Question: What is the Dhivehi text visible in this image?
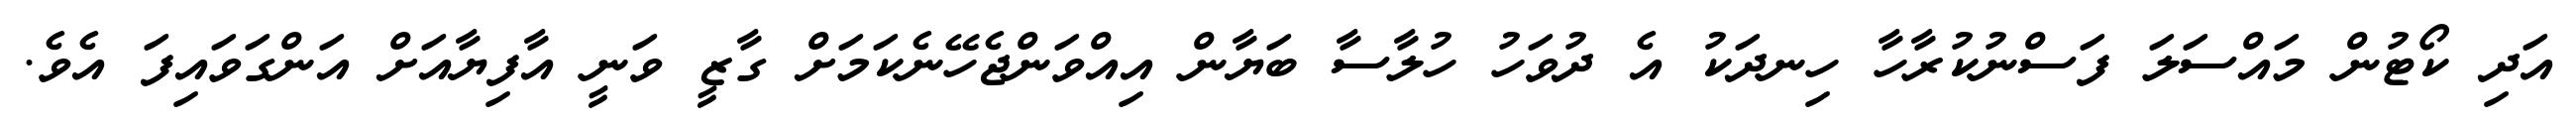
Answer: އަދި ކޯޓުން މައްސަލަ ފަސްނުކުރާހާ ހިނދަކު އެ ދުވަހު ހުލާސާ ބަޔާން އިއްވަންޖެހޭނެކަމަށް ގާޒީ ވަނީ އާފިޔާއަށް އަންގަވައިފަ އެވެ.